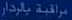
براقیه‌بگرادرا